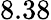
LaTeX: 8.38